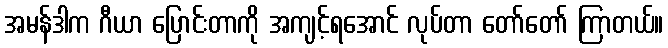
အမန်ဒါက ဂီယာ ပြောင်းတာကို အကျင့်ရအောင် လုပ်တာ တော်တော် ကြာတယ်။